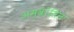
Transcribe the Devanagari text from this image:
अम्ब्रोसिन